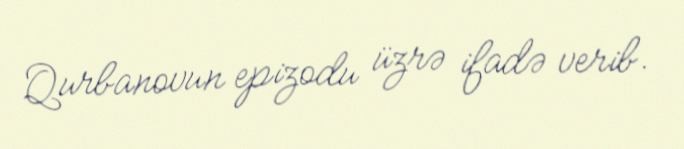
Qurbanovun epizodu üzrə ifadə verib.